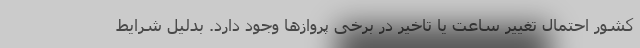
کشور احتمال تغییر ساعت یا تاخیر در برخی پروازها وجود دارد. بدلیل شرایط